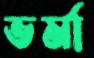
ভর্মা